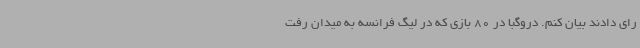
رای دادند بیان کنم. دروگبا در 80 بازی که در لیگ فرانسه به میدان رفت